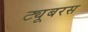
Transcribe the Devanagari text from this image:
ट्यूबरस